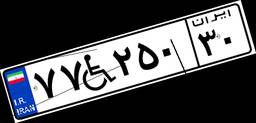
۷۷W۲۵۰۳۰